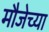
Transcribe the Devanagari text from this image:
मौजेच्या